Civil Veterinary Department Bihar reports 1936-40 - 1936-1940
Year: 1936
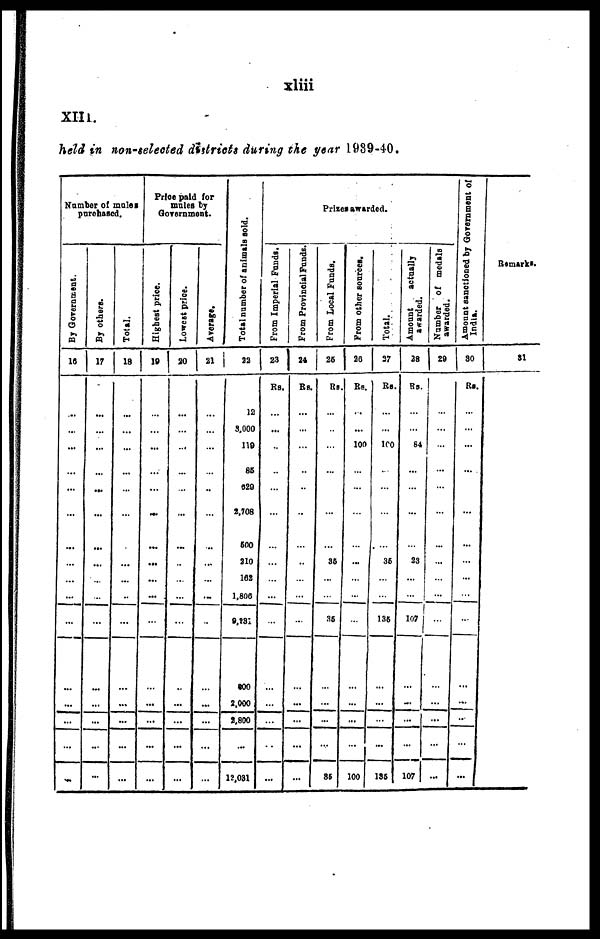
xliii
XIII.
held in non-selected districts during the year 1939-40.
Number of mules
purchased.
By Government.
16
...
...
...
...
...
...
...
...
...
...
...
...
...
...
...
By others.
17
...
...
...
...
...
...
...
...
...
...
...
...
...
...
...
Total.
18
...
...
...
...
...
...
...
...
...
...
...
...
...
...
...
Price paid for
mules by
Government.
Highest price.
19
...
...
...
...
...
...
...
...
...
...
...
...
...
...
...
Lowest price.
20
...
...
...
...
...
...
...
...
...
...
...
...
...
...
...
Average.
21
...
...
...
...
...
...
...
...
...
...
...
...
...
...
...
Total number of animals sold.
22
12
3,000
119
85
529
2.708
500
310
162
1,806
9,231
200
2,000
2,800
12,031
Prizes awarded.
From Imperial Funds.
23
Rs.
...
...
...
...
...
...
...
...
...
...
...
...
...
...
...
From Provincial Funds.
24
Rs.
...
...
...
...
...
...
...
...
...
...
...
...
...
...
...
From Local Funds.
25
Rs.
...
...
...
...
...
...
...
35
...
...
35
...
...
...
35
From other sources.
26
Rs.
...
...
100
...
...
...
...
...
...
...
...
...
...
...
100
Total.
27
Rs.
...
...
100
...
...
...
....
36
...
...
135
...
...
...
136
Amount
actually
awarded.
28
Rs.
....
...
84
...
...
...
...
23
...
...
107
...
...
...
107
Number of medals
awarded.
29
...
...
...
...
...
...
...
...
...
...
...
...
...
...
...
Amount sanctioned by Government of
India.
30
Rs.
...
...
...
...
...
...
...
...
...
...
...
...
...
...
...
Remarks.
31